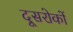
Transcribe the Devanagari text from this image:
दूसरोकों